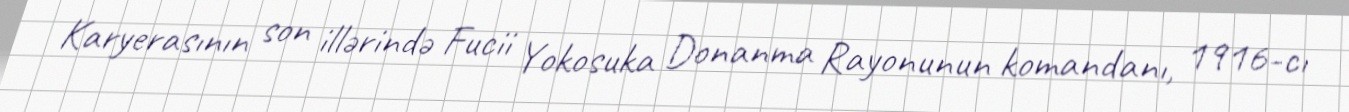
Karyerasının son illərində Fucii Yokosuka Donanma Rayonunun komandanı, 1916-cı